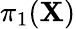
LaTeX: \pi_{1}(\mathbf{X})